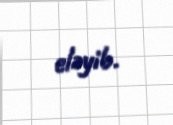
eləyib.